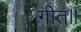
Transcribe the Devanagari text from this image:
गीत॥